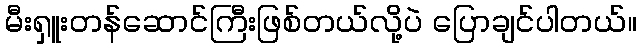
မီးရှူးတန်ဆောင်ကြီးဖြစ်တယ်လို့ပဲ ပြောချင်ပါတယ်။